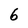
Character: 6